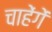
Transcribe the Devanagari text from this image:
चाहेंगें